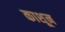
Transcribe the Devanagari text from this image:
काशून